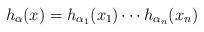
LaTeX: \begin{align*}h_\alpha(x) = h_{\alpha_1}(x_1)\cdots h_{\alpha_n}(x_n)\end{align*}